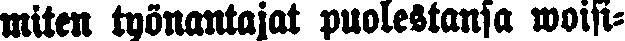
miten työnantajat puolestansa woisi-